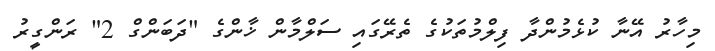
މިހާރު އޭނާ ކުޅެމުންދާ ފިލްމުތަކުގެ ތެރޭގައި ސަލްމާން ޚާންގެ "ދަބަންގް 2" ރަންގީރު